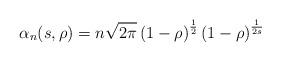
LaTeX: \begin{align*}\alpha_n(s,\rho) = n \sqrt{2\pi} \left(1-\rho\right)^{\frac{1}{2}} \left(1-\rho\right)^{\frac{1}{2s}} \end{align*}